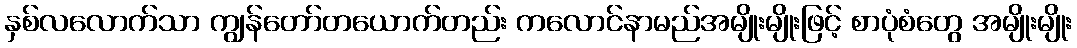
နှစ်လလောက်သာ ကျွန်တော်တယောက်တည်း ကလောင်နာမည်အမျိုးမျိုးဖြင့် စာပုံစံတွေ အမျိုးမျိုး